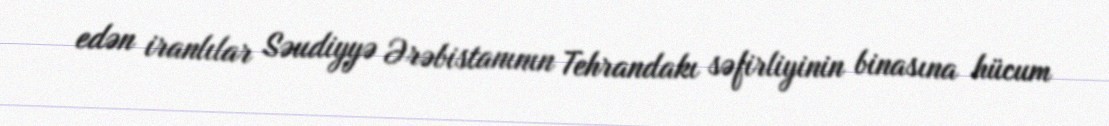
edən iranlılar Səudiyyə Ərəbistanının Tehrandakı səfirliyinin binasına hücum